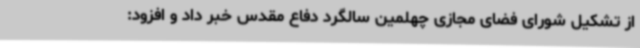
از تشکیل شورای فضای مجازی چهلمین سالگرد دفاع مقدس خبر داد و افزود: